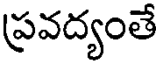
ప్రవద్యంతే